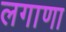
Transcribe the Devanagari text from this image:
लगाणा